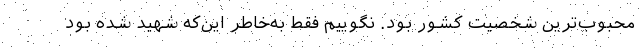
محبوب‌ترین شخصیت کشور بود. نگوییم فقط به‌خاطر این‌که شهید شده بود